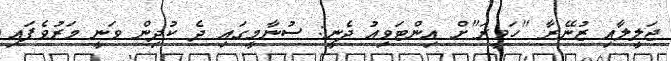
ޖަލީލާއި ޒުނޭރާ "ހަވީރަ"ށް އިންޓަވިއު ދެނީ: ސުނާމީގައި ދެ ކުދިން ވަނީ މަރުވެފައި